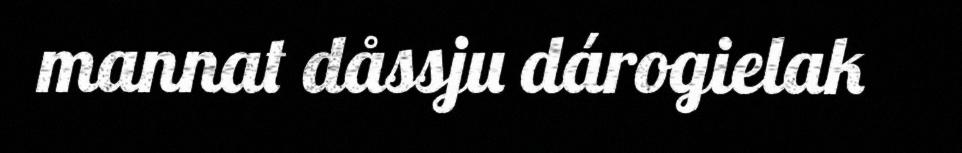
mannat dåssju dárogielak